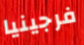
فرجينيا